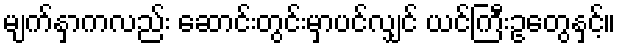
မျက်နှာကလည်း ဆောင်းတွင်းမှာပင်လျှင် ယင်ကြီးဥတွေနှင့်။